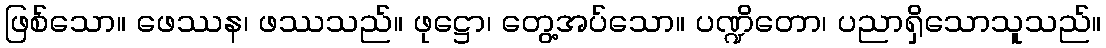
ဖြစ်သော။ ဖေဿန၊ ဖဿသည်။ ဖုဋ္ဌော၊ တွေ့အပ်သော။ ပဏ္ဍိတော၊ ပညာရှိသောသူသည်။